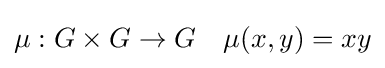
\mu :G\times G\to G\quad \mu (x,y)=xy